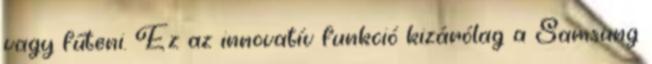
vagy fűteni. Ez az innovatív funkció kizárólag a Samsung